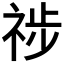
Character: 𥙺